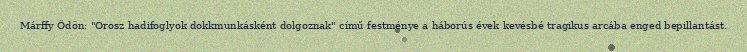
Márffy Ödön: "Orosz hadifoglyok dokkmunkásként dolgoznak" című festménye a háborús évek kevésbé tragikus arcába enged bepillantást.